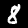
Label: 8